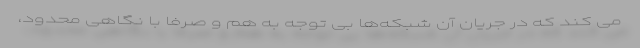
می کند که در جریان آن شبکه‌ها بی توجه به هم و صرفا با نگاهی محدود،